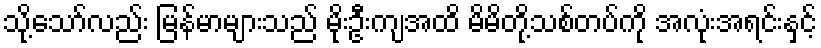
သို့သော်လည်း မြန်မာများသည် မိုးဦးကျအထိ မိမိတို့သစ်တပ်ကို အလုံးအရင်းနှင့်